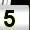
Digit: 5